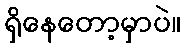
ရှိနေတော့မှာပဲ။